Scottish Leaving Certificate Examination, 1957
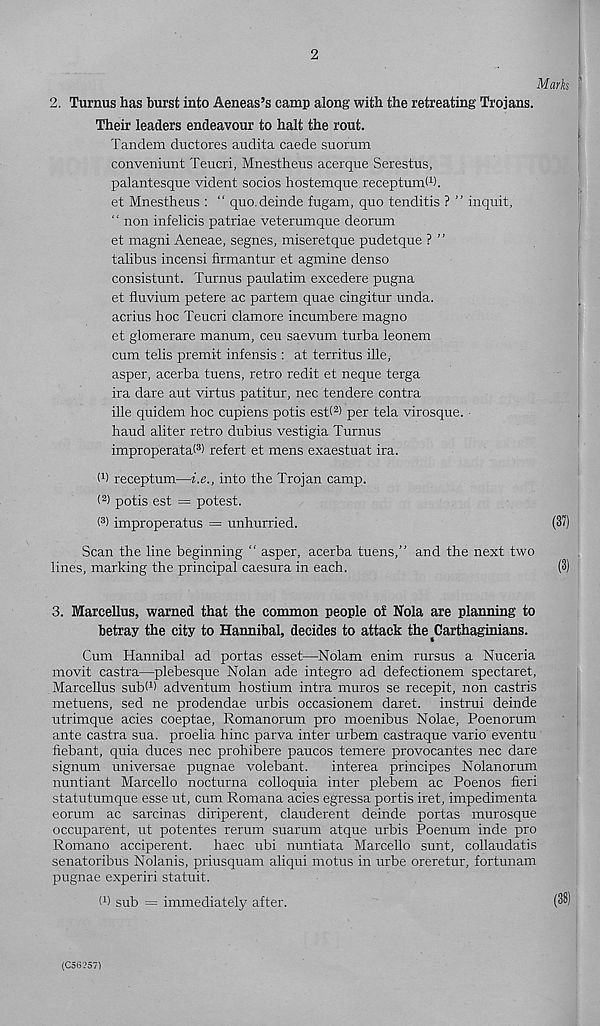
2
Marks
2. Turnus has burst into Aeneas’s camp along with the retreating Trojans.
Their leaders endeavour to halt the rout.
Tandem ductores audita caede suorum
conveniunt Teucri, Mnestheus acerque Serestus,
palantesque vident socios hostemque receptumW.
et Mnestheus : “ quo. deinde fugam, quo tenditis ? ” inquit,
“ non infelicis patriae veterumque deorum
et magni Aeneae, segnes, miseretque pudetque ? ”
talibus incensi firmantur et agmine denso
consistunt. Turnus paulatim excedere pugna
et fluvium petere ac partem quae cingitur unda.
acrius hoc Teucri clamore incumbere magno
et glomerare manum, ceu saevum turba leonem
cum telis premit infensis : at territus ille,
asper, acerba tuens, retro redit et neque terga
ira dare aut virtus patitur, nec tendere contra
ille quidem hoc cupiens potis est< 2 > per tela virosque.
haud aliter retro dubius vestigia Turnus
improperatat 3 ) refert et mens exaestuat ira.
W receptum—i.e., into the Trojan camp.
( 2 ) potis est = potest.
( 3 ) improperatus = unhurried.
(31)
Scan the line beginning “ asper, acerba tuens,” and the next two
lines, marking the principal caesura in each.
(3)
3. Marcellus, warned that the common people of Nola are planning to
betray the city to Hannibal, decides to attack the ^Carthaginians.
Cum Hannibal ad portas esset—Nolam enim rursus a Nuceria
movit castra—plebesque Nolan ade integro ad defectionem spectaret,
Marcellus subd) adventum hostium intra muros se recepit, non castris
metuens, sed ne prodendae urbis occasionem daret. instrui deinde
utrimque acies coeptae, Romanorum pro moenibus Nolae, Poenorum
ante castra sua. proelia hinc parva inter urbem castraque vario eventu
fiebant, quia duces nec prohibere paucos temere provocantes nec dare
signum universae pugnae volebant.
interea principes Nolanorum
nuntiant Marcello nocturna colloquia inter plebem ac Poenos fieri
statutumque esse ut, cum Romana acies egressa portis iret, impedimenta
eorum ac sarcinas diriperent, clauderent deinde portas murosque
occuparent, ut potentes rerum suarum atque urbis Poenum inde pro
Romano acciperent. haec ubi nuntiata Marcello sunt, collaudatis
senatoribus Nolanis, priusquam aliqui motus in urbe oreretur, fortunam
pugnae experiri statuit.
W sub = immediately after.
(33)
(C56257)